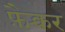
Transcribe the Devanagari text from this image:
फ़ैक्चर